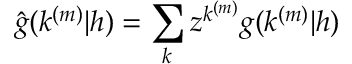
\hat { g } ( k ^ { ( m ) } | h ) = \sum _ { k } z ^ { k ^ { ( m ) } } g ( k ^ { ( m ) } | h )